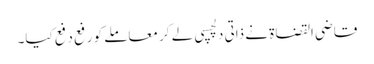
قاضی القضاۃ نے ذاتی دلچسپی لے کر معاملے کو رفع دفع کیا۔